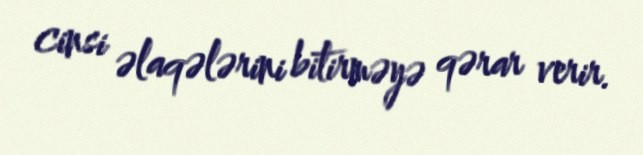
cinsi əlaqələrini bitirməyə qərar verir.